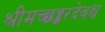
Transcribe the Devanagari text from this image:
श्रीमच्छङ्करदेवश्च